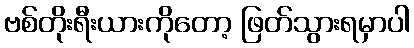
ဗစ်တိုးရီးယားကိုတော့ ဖြတ်သွားရမှာပါ